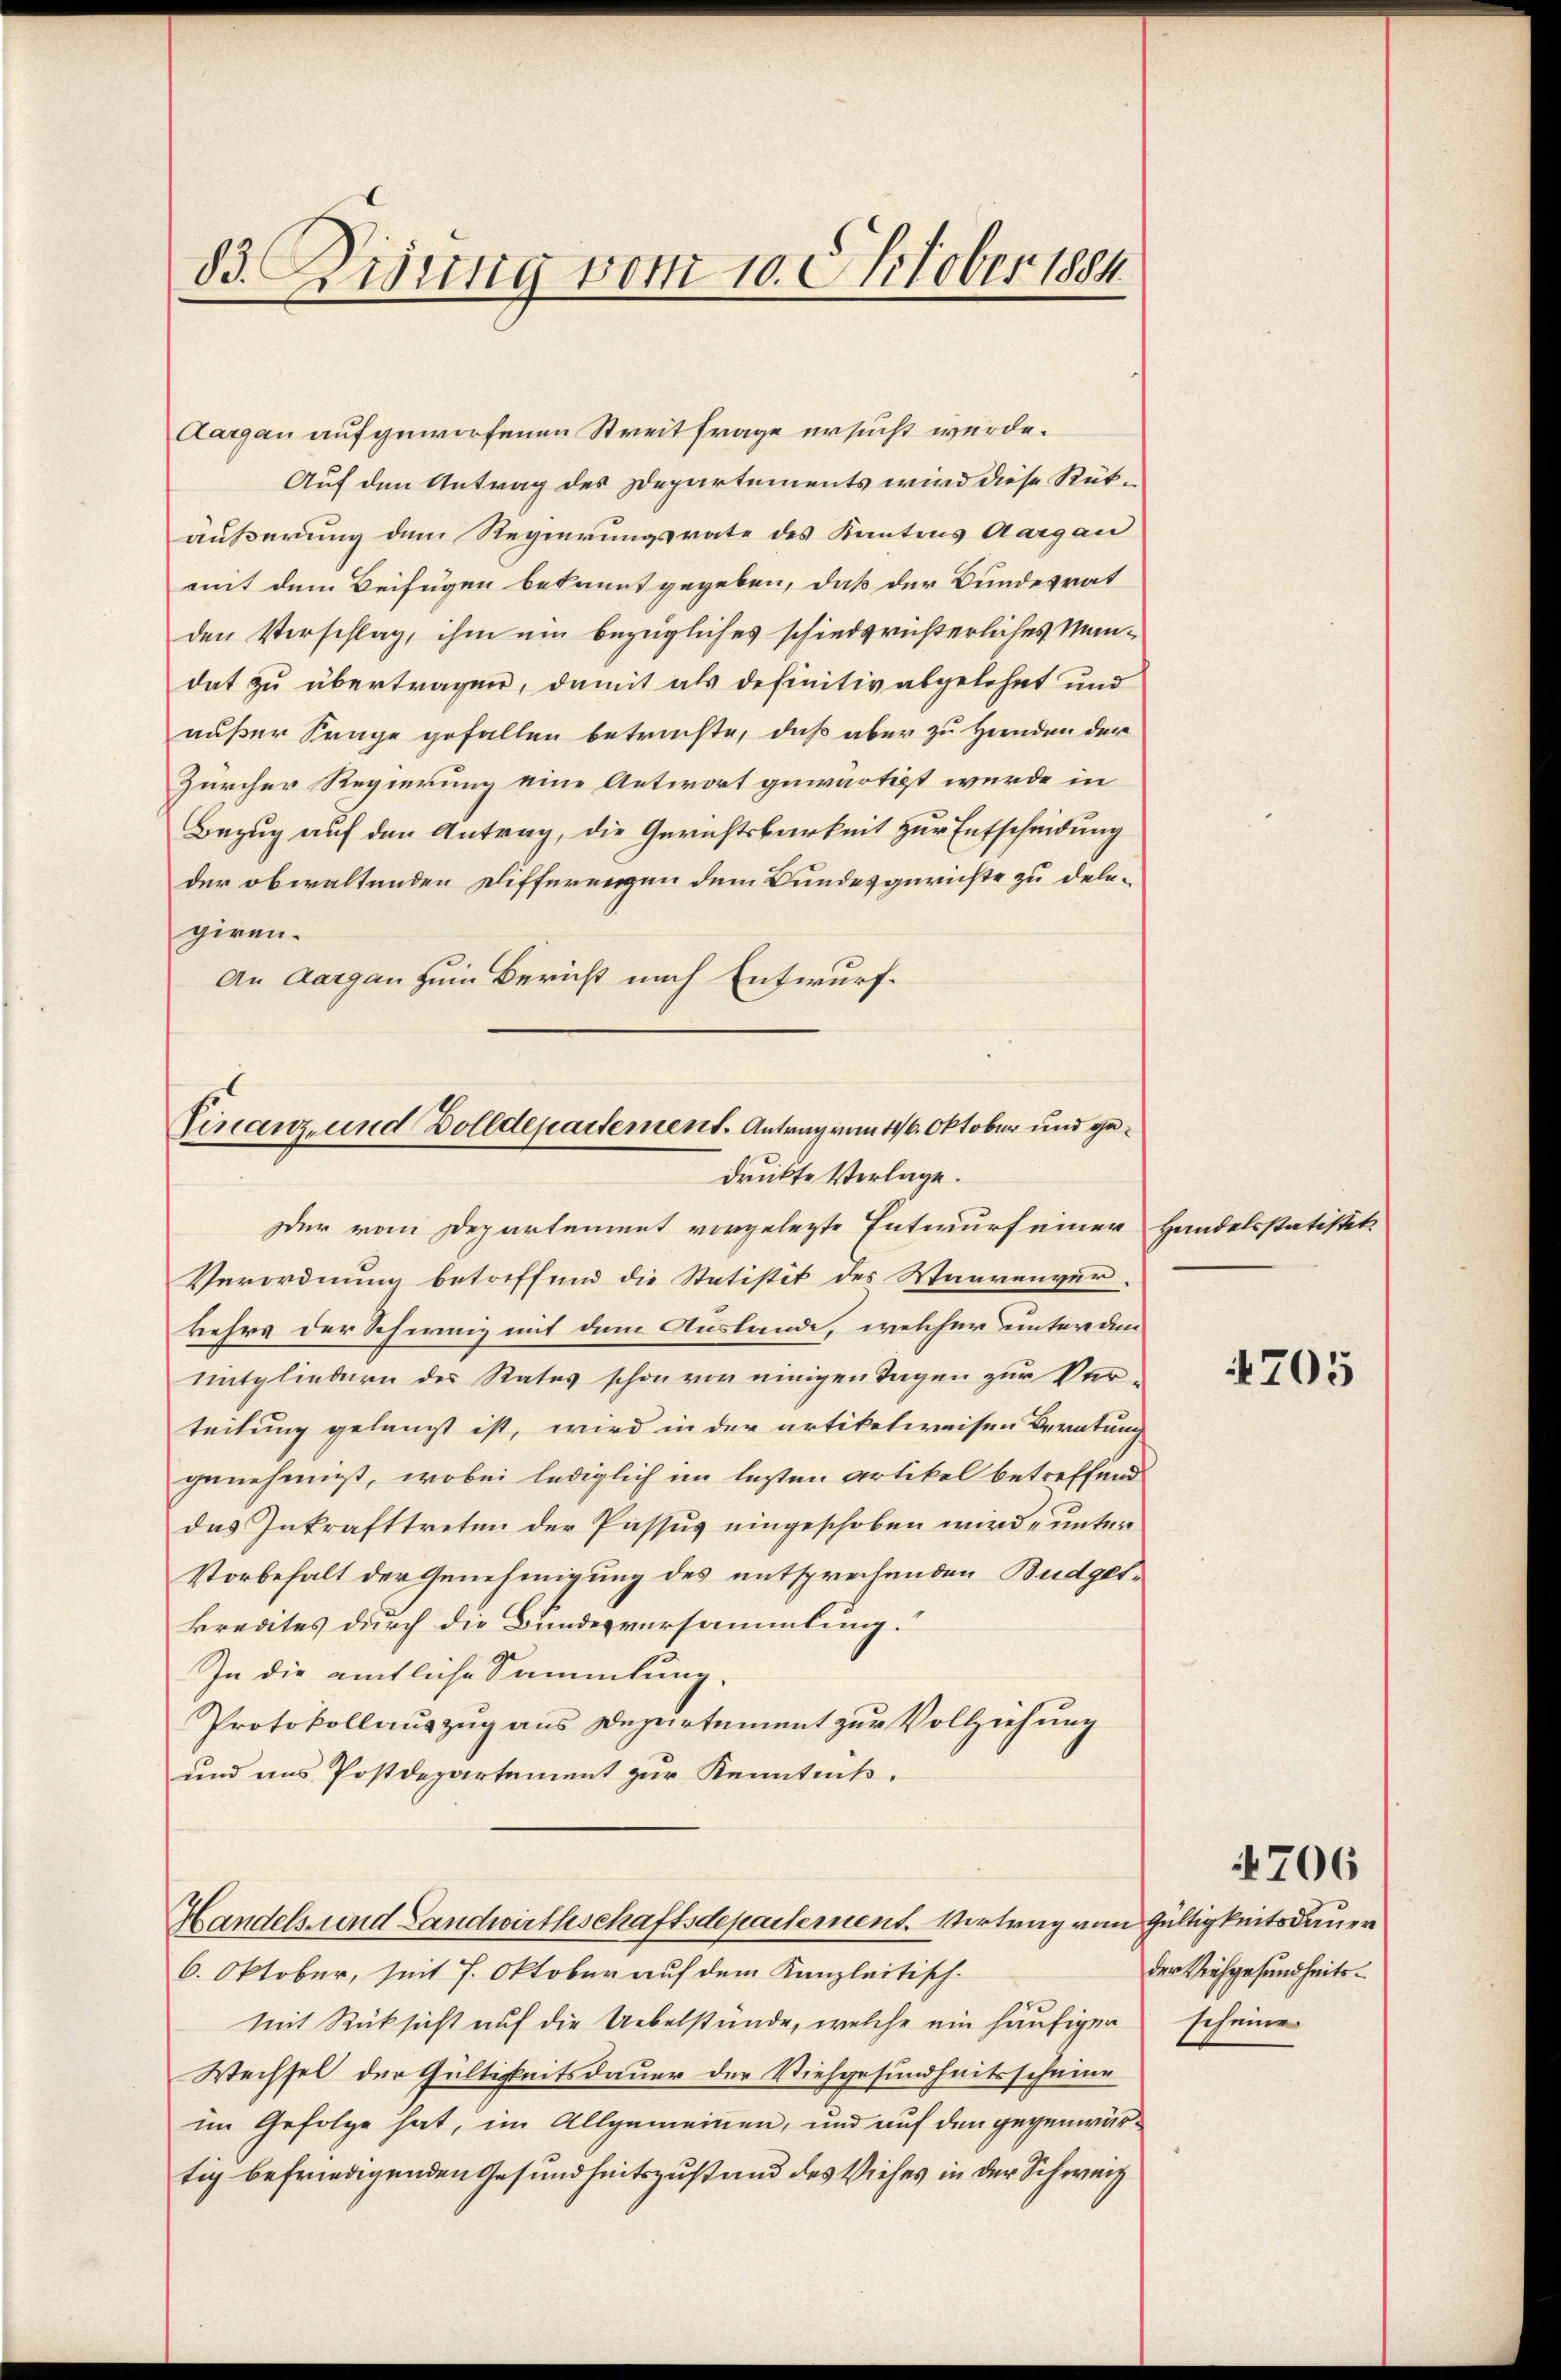
83. Disung vom 10. Oktober 1884.

Aargau aufgeworfenen Streitfrage ersucht würde.
Auf den Antrag des Departements wird diese Rütäußerung dem Regierungsrate des Kantons Aargau
mit dem Beifügen bekannt gegeben, daß der Bundesrat
den Verschlag, ihm ein bezügliches schiedsrichterliches Mandat zu übertragen, damit als definitiv abgelehnt und
außer Frage gefallen betrachte, daß aber zu Hernden der
Zürcher Regierung eine Antwort gewärtigt wurde in
Bezug auf den Antrag, die Gerichtsbarkeit zur Entscheidung
der obwaltenden Differenzen dem Bundesgerichte zu delegiren.
An Aargau zum Bericht nach Entwurf.

Finanz und Dolldepartement. Antrag vom 16. Oktober und gedruckte Vorlage.

Handels- und Landwirthschaftsdepartement. Vortrag von Gültigkeitsdauer
6. Oktober, seit 7. Oktober auf dem Kanzleitisch-

er vom Departement vorgelegte Entwurf einer
Verordnung betreffend die Statistit des Waarenverkehrs der Schweiz mit dem Auslande, welcher unteram
Mitgliedern des Rates schon vor einigen Tagen zur Ver-
teilung gelangt ist, wird in der artikelweisen Beratung
genehmigt, wobei lediglich im lezten Artikel betreffend
das Inkrafttreten der Passus eingeschoben wird, unter
Vorbehalt der Genehmigung des entsprechenden Budgetkredites durch die Bundesversammlung.“
In die amtliche Sammlung.
Protokollauszug aus Departement zur Vollziehung
und aus Postdepartement zur Kenntniß.

mit Rücksicht auf die Uebelstünde, welche ein häufiger scheine
Wechsel der Gültigkeitsdauer der Viehgesundheitsscheine
im Gefolge hat, im Allgemeinen, und auf den gegenwärtig befriedigenden Gesundheitszustand des Viehes in der Schweiz

Handelsstatistet

4705

4706

der Viehgesundheits¬